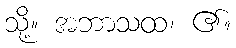
သို့။ အဘာသထ၊ ၏။